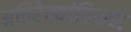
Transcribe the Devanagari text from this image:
अतिरेक्यांविरूध्द